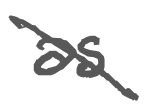
Text: as
Cross-out: diagonal
Writing tool: digital_gray